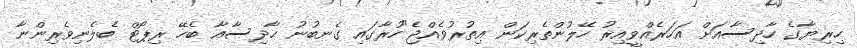
ހިރިޔާގެ ހާދިސާއަށް އަހަރެއްވީއިރު ހޭލުންތެރިކަން އިތުރުވެއްޖެ"ހުރާގައި ގެނބުނު ހާދިސާއާ ބެހޭ ރިޕޯޓް ބެލެނިވެރިންނާ